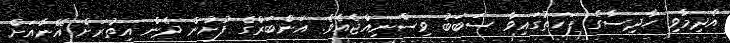
އެދިމާވި ހާދިސާގެ ފަހަތުގައިވާ ސަބަބު ވިސްނިއްޖެއެވެ. އަންބަރްގެ ފުށުން ދެން އިތުރަށް އޭނާއަށް